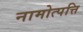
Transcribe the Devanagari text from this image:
नामोत्पत्ति